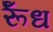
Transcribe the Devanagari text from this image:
र्रूँध